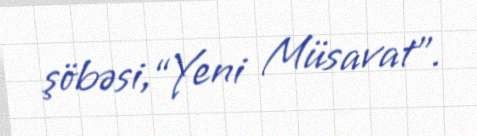
şöbəsi,“Yeni Müsavat”.